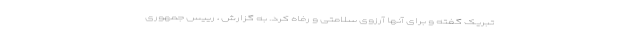
تبریک گفته و برای آنها آرزوی سلامتی و رفاه کرد. به گزارش ، رییس جمهوری